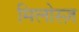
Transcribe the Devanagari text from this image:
मिलोस्ज़